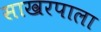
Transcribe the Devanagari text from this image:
साखरपाला